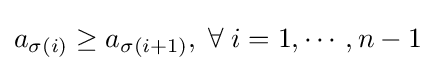
a_{\sigma (i)}\geq a_{\sigma (i+1)},\;\forall \;i=1,\cdots ,n-1